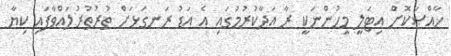
ޚާއްޞަކޮށް އިޓަލީ މީހުންނަކީ ރާ އަދާކުރުމުގައި އެ އަޑު ރަނގަޅަށް ތުރުތުރުލައްވާފައި ކިޔާ